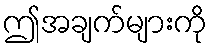
ဤအချက်များကို